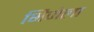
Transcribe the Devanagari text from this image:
भिजेला